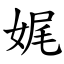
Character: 娓